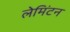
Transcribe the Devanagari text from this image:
लेमिंटन